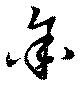
余